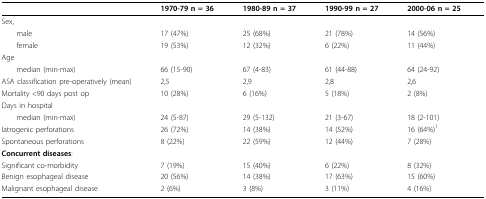
<table><thead><tr><td>[EMPTY_CELL]</td><td><b>1970-79 n = 36</b></td><td><b>1980-89 n = 37</b></td><td><b>1990-99 n = 27</b></td><td><b>2000-06 n = 25</b></td></tr></thead><tbody><tr><td>Sex,</td><td>[EMPTY_CELL]</td><td>[EMPTY_CELL]</td><td>[EMPTY_CELL]</td><td>[EMPTY_CELL]</td></tr><tr><td> male</td><td>17 (47%)</td><td>25 (68%)</td><td>21 (78%)</td><td>14 (56%)</td></tr><tr><td> female</td><td>19 (53%)</td><td>12 (32%)</td><td>6 (22%)</td><td>11 (44%)</td></tr><tr><td>Age</td><td>[EMPTY_CELL]</td><td>[EMPTY_CELL]</td><td>[EMPTY_CELL]</td><td>[EMPTY_CELL]</td></tr><tr><td> median (min-max)</td><td>66 (15-90)</td><td>67 (4-83)</td><td>61 (44-88)</td><td>64 (24-92)</td></tr><tr><td>ASA classification pre-operatively (mean)</td><td>2,5</td><td>2,9</td><td>2,8</td><td>2,6</td></tr><tr><td>Mortality &lt;90 days post op</td><td>10 (28%)</td><td>6 (16%)</td><td>5 (18%)</td><td>2 (8%)</td></tr><tr><td>Days in hospital</td><td>[EMPTY_CELL]</td><td>[EMPTY_CELL]</td><td>[EMPTY_CELL]</td><td>[EMPTY_CELL]</td></tr><tr><td> median (min-max)</td><td>24 (5-87)</td><td>29 (5-132)</td><td>21 (3-67)</td><td>18 (2-101)</td></tr><tr><td>Iatrogenic perforations</td><td>26 (72%)</td><td>14 (38%)</td><td>14 (52%)</td><td>16 (64%)<sup>1</sup></td></tr><tr><td>Spontaneous perforations</td><td>8 (22%)</td><td>22 (59%)</td><td>12 (44%)</td><td>7 (28%)</td></tr><tr><td><b>Concurrent diseases</b>:</td><td>[EMPTY_CELL]</td><td>[EMPTY_CELL]</td><td>[EMPTY_CELL]</td><td>[EMPTY_CELL]</td></tr><tr><td>Significant co-morbidity</td><td>7 (19%)</td><td>15 (40%)</td><td>6 (22%)</td><td>8 (32%)</td></tr><tr><td>Benign esophageal disease</td><td>20 (56%)</td><td>14 (38%)</td><td>17 (63%)</td><td>15 (60%)</td></tr><tr><td>Malignant esophageal disease</td><td>2 (6%)</td><td>3 (8%)</td><td>3 (11%)</td><td>4 (16%)</td></tr></tbody></table>